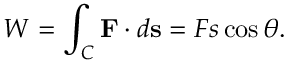
W = \int _ { C } \mathbf { F } \cdot d \mathbf { s } = F s \cos \theta .